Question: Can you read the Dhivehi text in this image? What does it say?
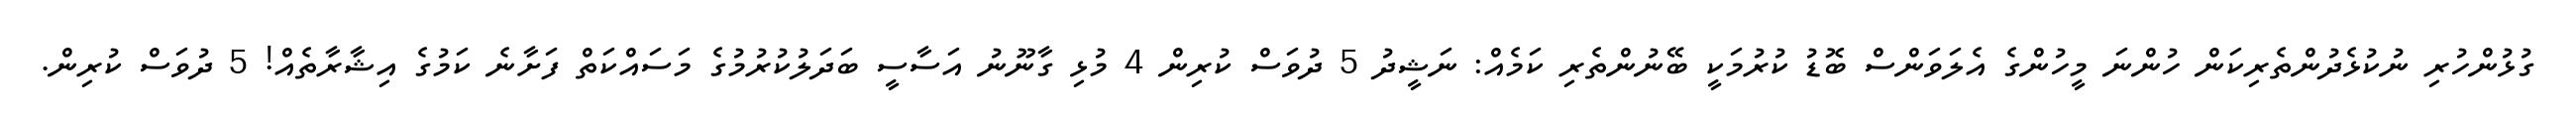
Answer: ގުޅުންހުރި ނުކުޅެދުންތެރިކަން ހުންނަ މީހުންގެ އެލަވަންސް ބޮޑު ކުރުމަކީ ބޭނުންތެރި ކަމެއް: ނަޝީދު 5 ދުވަސް ކުރިން 4 މުޅި ގާނޫނު އަސާސީ ބަދަލުކުރުމުގެ މަސައްކަތް ފަށާނެ ކަމުގެ އިޝާރާތެއް! 5 ދުވަސް ކުރިން.